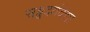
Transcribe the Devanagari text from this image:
सहृदयंवेद्या